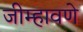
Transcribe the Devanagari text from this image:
जीम्हावणे